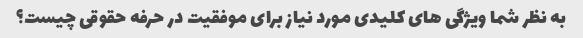
به نظر شما ویژگی های کلیدی مورد نیاز برای موفقیت در حرفه حقوقی چیست؟